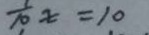
\frac { 1 } { 1 0 } x = 1 0